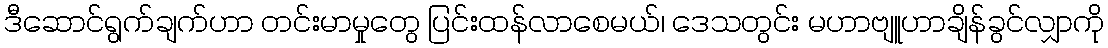
ဒီဆောင်ရွက်ချက်ဟာ တင်းမာမှုတွေ ပြင်းထန်လာစေမယ်၊ ဒေသတွင်း မဟာဗျူဟာချိန်ခွင်လျှာကို